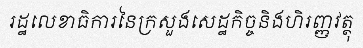
រដ្ឋលេខាធិការនៃក្រសួងសេដ្ឋកិច្ចនិងហិរញ្ញវត្ថុ